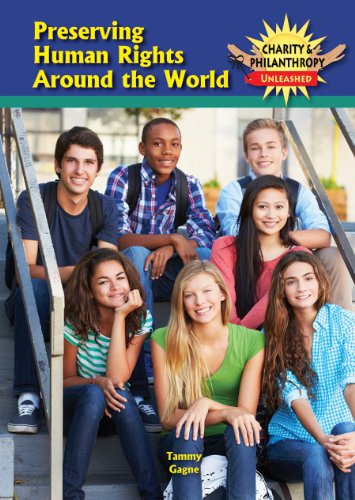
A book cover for Preserving Human Rights around the World (Charity & Philanthropy Unleashed); Tammy Gagne; Teen & Young Adult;